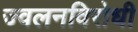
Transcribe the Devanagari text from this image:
ज्वलनविरोधी